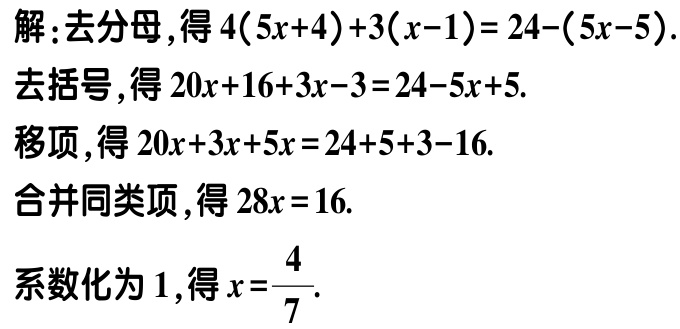
解：去分母，得\(4(5x + 4)+3(x - 1)=24-(5x - 5)\)。
去括号，得\(20x + 16+3x - 3=24-5x + 5\)。
移项，得\(20x + 3x + 5x=24 + 5+3 - 16\)。
合并同类项，得\(28x = 16\)。
系数化为\(1\)，得\(x=\frac{4}{7}\)。